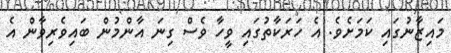
މައިޒާނުގައި ކަމަށެވެ. އެ ހަރަކާތުގައި ވީހާ ވެސް ގިނަ އާންމުން ބައިވެރިވާން އެ